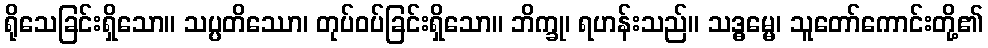
ရိုသေခြင်းရှိသော။ သပ္ပတိဿော၊ တုပ်ဝပ်ခြင်းရှိသော။ ဘိက္ခု၊ ရဟန်းသည်။ သဒ္ဓမ္မေ၊ သူတော်ကောင်းတို့၏